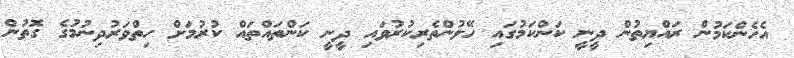
އެހެންކަމުން ރައްޔިތުން ދީނީ ކަންކަމުގައި ހޭލުންތެރިކުރުވައި ދީނީ ކަންތައްތައް ކުރުމަށް ހިތްވަރުދިނުމުގެ ގޮތުން